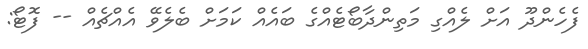
ފެހެންދޫ އަށް ލެއްގި މަތިންދާބޯޓެއްގެ ބައެއް ކަމަށް ބެލެވޭ އެއްޗެއް -- ފޮޓޯ: